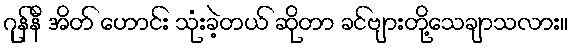
ဂုန်နီ အိတ် ဟောင်း သုံးခဲ့တယ် ဆိုတာ ခင်ဗျားတို့သေချာသလား။